Lunatic asylums Punjab 1881-1894 - 1881-1894
Year: 1881
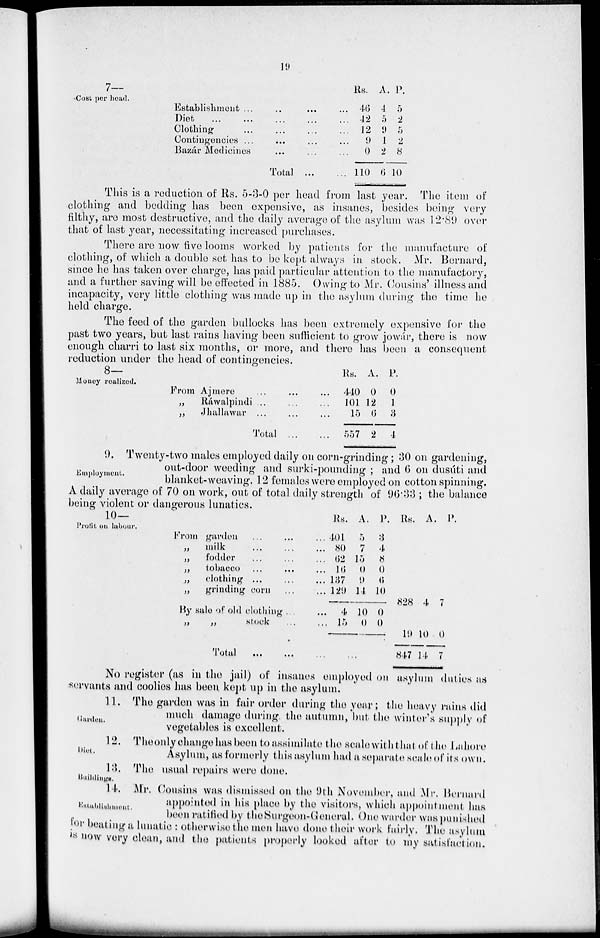
19
7—
Cost per head.
Establishment ... ... ... ...
Diet ... ... ... ... ...
Clothing ... ... ... ...
Contingencies ... ... ... ...
Bazár Medicines ... ... ...
Total
...
...
Rs.
46
42
12
9
0
110
A.
4
5
9
1
2
6
P.
5
2
5
2
8
10
This is a reduction of Rs. 5-3-0 per head from last year. The item of
clothing and bedding has been expensive, as insanes, besides being very
filthy, are most destructive, and the daily average of the asylum was 12.89 over
that of last year, necessitating increased purchases.
There are now five looms worked by patients for the manufacture of
clothing, of which a double set has to be kept always in stock. Mr. Bernard,
since he has taken over charge, has paid particular attention to the manufactory,
and a further saving will be effected in 1885. Owing to Mr. Cousins' illness and
incapacity, very little clothing was made up in the asylum during the time he
held charge.
The feed of the garden bullocks has been extremely expensive for the
past two years, but last rains having been sufficient to grow jowár, there is now
enough charri to last six months, or more, and there has been a consequent
reduction under the head of contingencies.
8—
Money realized.
From Ajmere
...
...
...
„
Ráwalpindi ... ... ...
„
Jhallawar ... ... ...
Total
...
...
Rs.
440
101
15
557
A.
0
12
6
2
P.
0
1
3
4
Employment.
9. Twenty-two males employed daily on corn-grinding; 30 on gardening,
out-door weeding and surki-pounding ; and 6 on dusúti and
blanket-weaving. 12 females were employed on cotton spinning.
A daily average of 70 on work, out of total daily strength of 96.33 ; the balance
being violent or dangerous lunatics.
10—
Profit on labour.
From garden ... ... ...
„
milk
...
...
...
„
fodder ... ... ...
„
tobacco ...
... ...
„
clothing
...
...
...
„
grinding corn ... ...
By sale of old clothing ... ...
„
„
stock
...
...
Total
...
...
...
Rs.
401
80
62
16
137
129
4
15
A.
5
7
15
0
9
14
10
0
P.
3
4
8
0
6
10
0
0
...
Rs. A. P.
828 4 7
19
847
10
14
0
7
No register (as in the jail) of insanes employed on asylum duties as
servants and coolies has been kept up in the asylum.
Garden.
11. The garden was in fair order during the year; the heavy rains did
much damage during the autumn, but the winter's supply of
vegetables is excellent.
Diet.
12. The only change has been to assimilate the scale with that of the Lahore
Asylum, as formerly this asylum had a separate scale of its own.
Buildings.
13. The usual repairs were done.
Establishment.
14. Mr. Cousins was dismissed on the 9th November, and Mr. Bernard
appointed in his place by the visitors, which appointment has
been ratified by the Surgeon-General. One warder was punished
for beating a lunatic : otherwise the men have done their work fairly. The asylum
is now very clean, and the patients properly looked after to my satisfaction.